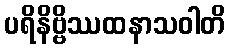
ပရိနိဗ္ဗိဿထနာသဝါတိ